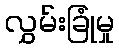
လွှမ်းခြုံမှု